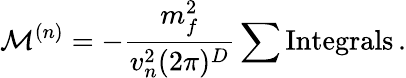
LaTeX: \mathcal{M}^{(n)}=-\frac{m_{f}^{2}}{v_{n}^{2}(2\pi)^{D}}\sum\mathrm{Integrals}\, .